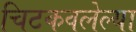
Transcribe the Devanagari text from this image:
चिटकवलेल्या